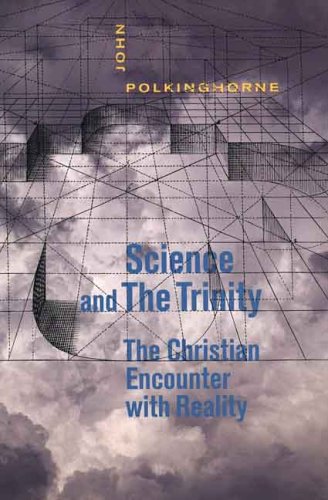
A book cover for Science and the Trinity: The Christian Encounter with Reality; John Polkinghorne; Religion & Spirituality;